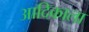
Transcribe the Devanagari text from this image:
आदिकाला